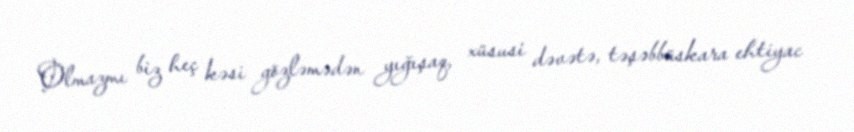
Olmazmı biz heç kəsi gözləmədən yığışaq, xüsusi dəvətə, təşəbbüskara ehtiyac